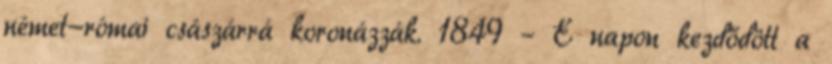
német-római császárrá koronázzák. 1849 – E napon kezdődött a